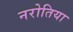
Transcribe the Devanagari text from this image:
नरोतिया